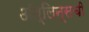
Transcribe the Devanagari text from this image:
ऑर्लिन्सची